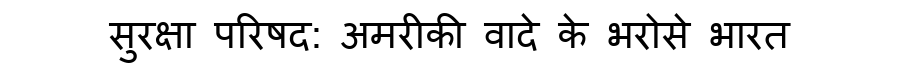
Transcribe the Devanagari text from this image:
सुरक्षा परिषद: अमरीकी वादे के भरोसे भारत